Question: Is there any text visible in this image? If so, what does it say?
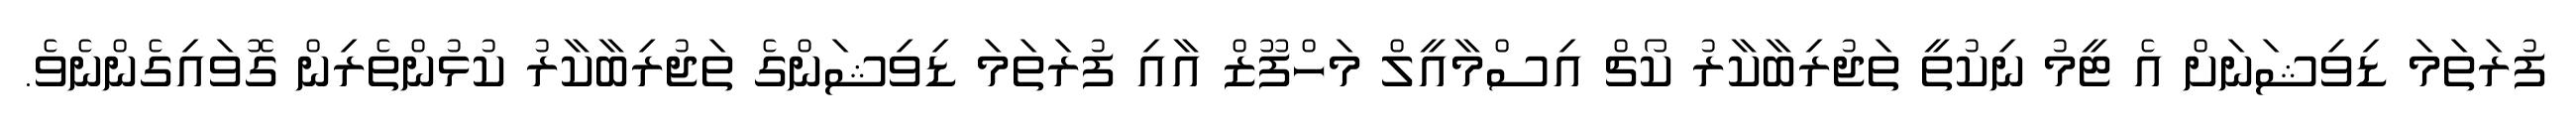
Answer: ފުރަތަމަ ޑިވިޝަނަށް އެ ޓީމު ނިކުތީ ތަޖުރިބާކާރު ކޯޗް އިސްމާއީލް މަހްފޫޒް އާއި ފުރަތަމަ ޑިވިޝަންގެ ތަޖުރިބާކާރު ކުޅުންތެރިން ގޮވައިގެންނެވެ.